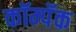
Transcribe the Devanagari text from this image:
कॉम्पॅक